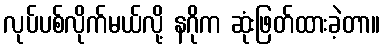
လုပ်ပစ်လိုက်မယ်လို့ နဂိုက ဆုံးဖြတ်ထားခဲ့တာ။